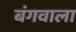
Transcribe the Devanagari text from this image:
बंगवाला